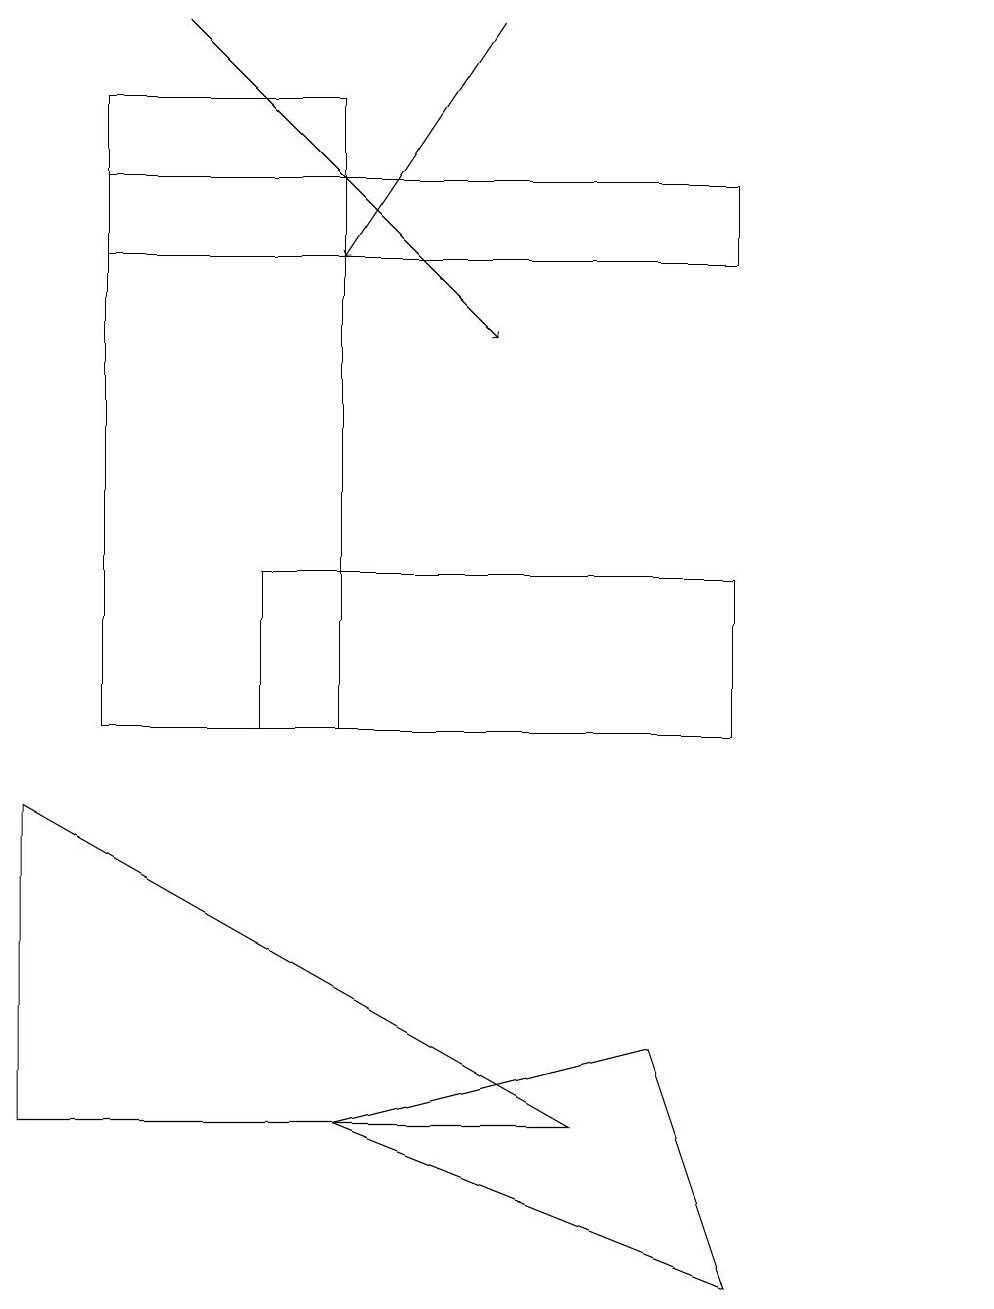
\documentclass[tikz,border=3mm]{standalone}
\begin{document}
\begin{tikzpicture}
\draw (1,16) rectangle (9,17);
\draw (3,10) rectangle (9,12);
\draw (4,10) rectangle (1,18);
\draw (4,5) -- (9,3) -- (8,6) -- cycle;
\draw (12,11) circle (0);
\draw[->] (2,19) -- (6,15);
\draw[->] (6,19) -- (4,16);
\draw (0,5) -- (7,5) -- (0,9) -- cycle;
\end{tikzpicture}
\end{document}